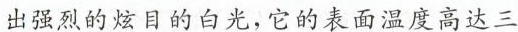
出强烈的炫目的白光，它的表面温度高达三